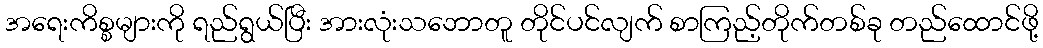
အရေးကိစ္စများကို ရည်ရွယ်ပြီး အားလုံးသဘောတူ တိုင်ပင်လျက် စာကြည့်တိုက်တစ်ခု တည်ထောင်ဖို့